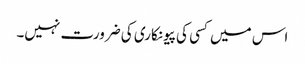
اس میں کسی کی پیونکاری کی ضرورت نہیں۔